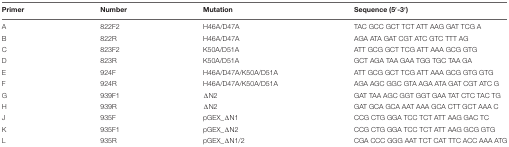
<table><thead><tr><td><b>Primer</b></td><td><b>Number</b></td><td><b>Mutation</b></td><td><b>Sequence (5′-3′)</b></td></tr></thead><tbody><tr><td>A</td><td>822F2</td><td>H46A/D47A</td><td>TAC GCC GCT TCT ATT AAG GAT TCG A</td></tr><tr><td>B</td><td>822R</td><td>H46A/D47A</td><td>AGA ATA GAT CGT ATC GTC TTT AG</td></tr><tr><td>C</td><td>823F2</td><td>K50A/D51A</td><td>ATT GCG GCT TCG ATT AAA GCG GTG</td></tr><tr><td>D</td><td>823R</td><td>K50A/D51A</td><td>GCT AGA TAA GAA TGG TGC TAA GA</td></tr><tr><td>E</td><td>924F</td><td>H46A/D47A/K50A/D51A</td><td>ATT GCG GCT TCG ATT AAA GCG GTG GTG</td></tr><tr><td>F</td><td>924R</td><td>H46A/D47A/K50A/D51A</td><td>AGA AGC GGC GTA AGA ATA GAT CGT ATC G</td></tr><tr><td>G</td><td>939F1</td><td>ΔN2</td><td>GAT TAA AGC GGT GGT GAA TAT CTC TAC TG</td></tr><tr><td>H</td><td>939R</td><td>ΔN2</td><td>GAT GCA GCA AAT AAA GCA CTT GCT AAA C</td></tr><tr><td>J</td><td>935F</td><td>pGEX_ΔN1</td><td>CCG CTG GGA TCC TCT ATT AAG GAC TC</td></tr><tr><td>K</td><td>935F1</td><td>pGEX_ΔN2</td><td>CCG CTG GGA TCC TCT ATT AAG GCG GTG</td></tr><tr><td>L</td><td>935R</td><td>pGEX_ΔN1/2</td><td>CGA CCC GGG AAT TCT CAT TTC ACC AAA ATG</td></tr></tbody></table>